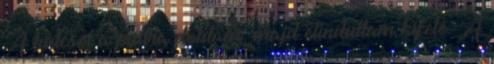
A kulcsot a pultra dobtam, majd elindultam kifelé. A